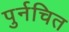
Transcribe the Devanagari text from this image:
पुर्नचित